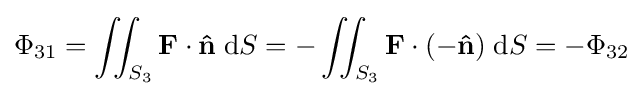
\Phi _{\text{31}}=\iint _{S_{3}}\mathbf {F} \cdot \mathbf {\hat {n}} \;\mathrm {d} S=-\iint _{S_{3}}\mathbf {F} \cdot (-\mathbf {\hat {n}} )\;\mathrm {d} S=-\Phi _{\text{32}}